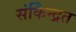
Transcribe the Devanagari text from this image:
संकेिन्द्रत